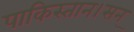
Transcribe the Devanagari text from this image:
पाकिस्तान।सन्